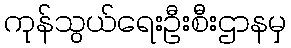
ကုန်သွယ်ရေးဦးစီးဌာနမှ